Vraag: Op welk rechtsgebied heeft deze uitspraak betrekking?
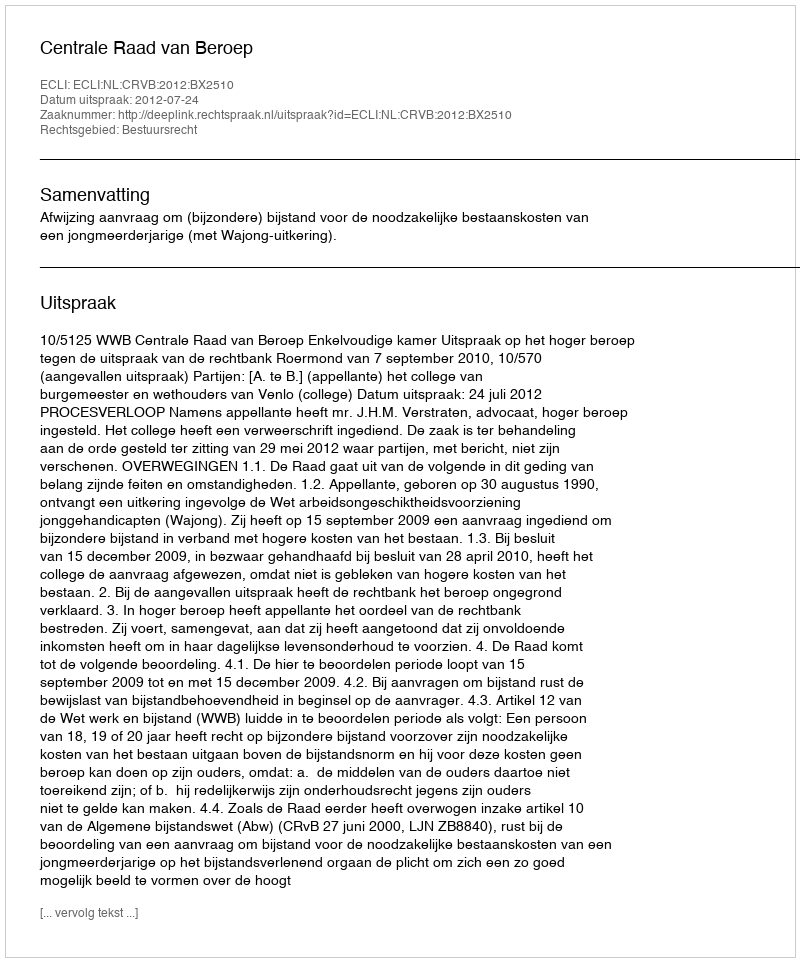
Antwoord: Bestuursrecht